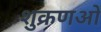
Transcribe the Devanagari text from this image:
शुक्रणओं